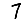
Digit: 7